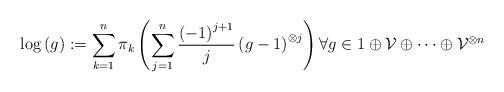
LaTeX: \begin{align*}\log \left( g\right) :=\sum_{k=1}^{n}\pi _{k}\left( \sum_{j=1}^{n}\frac{\left( -1\right) ^{j+1}}{j}\left( g-1\right) ^{\otimes j}\right) \forall g\in 1\oplus \mathcal{V}\oplus \cdots \oplus \mathcal{V}^{\otimes n} \end{align*}